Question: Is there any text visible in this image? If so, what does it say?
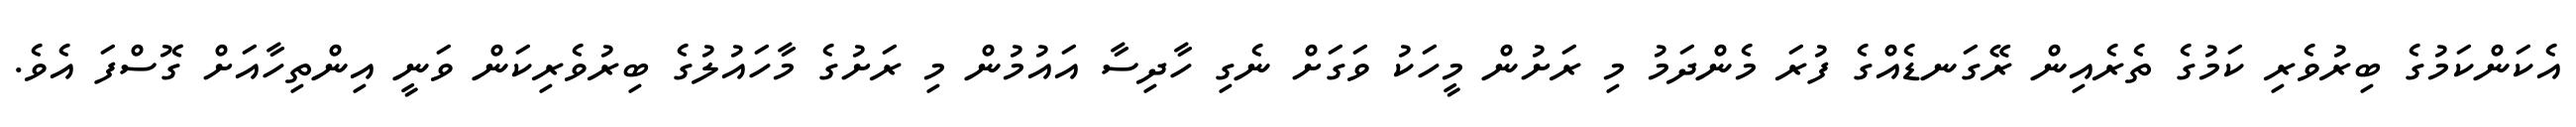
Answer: އެކަންކަމުގެ ބިރުވެރި ކަމުގެ ތެރެއިން ރޭގަނޑެއްގެ ފުރަ މެންދަމު މި ރަށުން މީހަކު ވަގަށް ނެގި ހާދިސާ އައުމުން މި ރަށުގެ މާހައުލުގެ ބިރުވެރިކަން ވަނީ އިންތިހާއަށް ގޮސްފަ އެވެ.